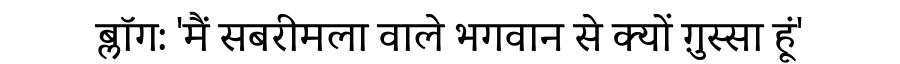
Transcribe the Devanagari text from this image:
ब्लॉग: 'मैं सबरीमला वाले भगवान से क्यों ग़ुस्सा हूं'